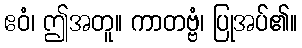
ဧဝံ၊ ဤအတူ။ ကာတဗ္ဗံ၊ ပြုအပ်၏။